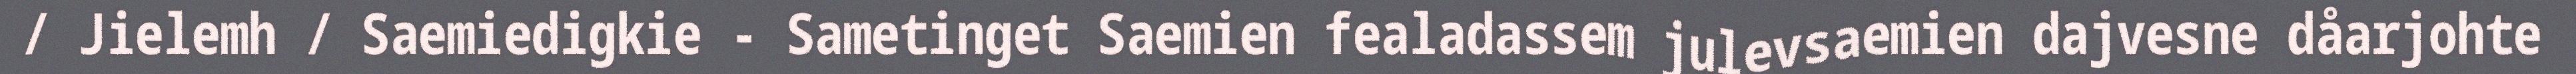
/ Jielemh / Saemiedigkie - Sametinget Saemien fealadassem julevsaemien dajvesne dåarjohte